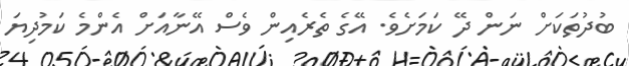
ބުދުތަކަށް ނަން ދޭ ކަމަށެވެ. އޭގެ ތެރެއިން ވެސް އޭނާއަށް އެންމެ ކަމުދިޔަ